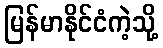
မြန်မာနိုင်ငံကဲ့သို့